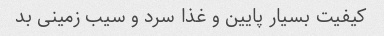
کیفیت بسیار پایین و غذا سرد و سیب زمینی بد